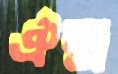
ঐন্দ্র